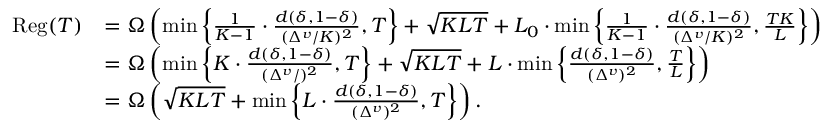
\begin{array} { r l } { \mathrm { R e g } ( T ) } & { = \Omega \left( \operatorname* { m i n } \left\{ \frac { 1 } { K - 1 } \cdot \frac { d ( \delta , 1 - \delta ) } { ( \Delta ^ { v } / K ) ^ { 2 } } , T \right\} + \sqrt { K L T } + L _ { 0 } \cdot \operatorname* { m i n } \left\{ \frac { 1 } { K - 1 } \cdot \frac { d ( \delta , 1 - \delta ) } { ( \Delta ^ { v } / K ) ^ { 2 } } , \frac { T K } { L } \right\} \right) } \\ & { = \Omega \left( \operatorname* { m i n } \left\{ K \cdot \frac { d ( \delta , 1 - \delta ) } { ( \Delta ^ { v } / ) ^ { 2 } } , T \right\} + \sqrt { K L T } + L \cdot \operatorname* { m i n } \left\{ \frac { d ( \delta , 1 - \delta ) } { ( \Delta ^ { v } ) ^ { 2 } } , \frac { T } { L } \right\} \right) } \\ & { = \Omega \left( \sqrt { K L T } + \operatorname* { m i n } \left\{ L \cdot \frac { d ( \delta , 1 - \delta ) } { ( \Delta ^ { v } ) ^ { 2 } } , T \right\} \right) . } \end{array}